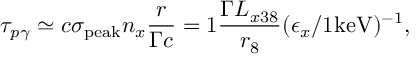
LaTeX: \tau _ { p \gamma } \simeq c \sigma _ { \mathrm { p e a k } } n _ { x } \frac { r } { \Gamma c } = 1 \frac { \Gamma L _ { x 3 8 } } { r _ { 8 } } ( \epsilon _ { x } / 1 \mathrm { k e V } ) ^ { - 1 } ,